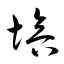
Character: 培